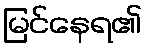
မြင်နေရ၏